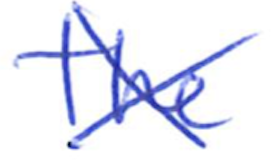
Text: The
Cross-out: cross
Writing tool: ballpoint